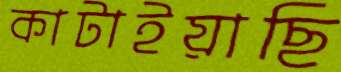
কাটাইয়াছি